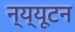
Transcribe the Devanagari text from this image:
न्य्यूटन